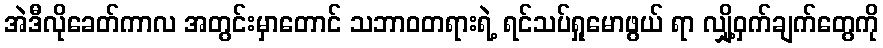
အဲဒီလိုခေတ်ကာလ အတွင်းမှာတောင် သဘာဝတရားရဲ့ ရင်သပ်ရှုမောဖွယ် ရာ လျှို့ဝှက်ချက်တွေကို